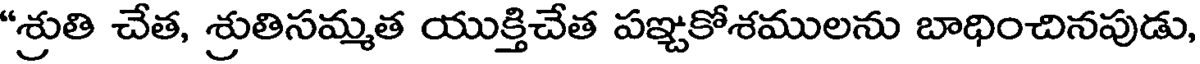
"శ్రుతి చేత, శ్రుతిసమ్మత యుక్తిచేత పఞ్చకోశములను బాధించినపుడు,